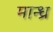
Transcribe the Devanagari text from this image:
मान्ध्र